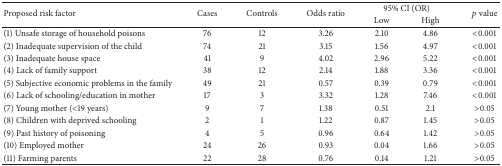
<table><thead><tr><td rowspan="2"><b>Proposed risk factor</b></td><td rowspan="2"><b>Cases</b></td><td rowspan="2"><b>Controls</b></td><td rowspan="2"><b>Odds ratio</b></td><td colspan="2"><b> 95% CI (OR) </b></td><td rowspan="2"><b><i>p</i> value</b></td></tr><tr><td><b>Low</b></td><td><b>High</b></td></tr></thead><tbody><tr><td>(1) Unsafe storage of household poisons</td><td> 76</td><td> 12</td><td>3.26</td><td>2.10</td><td>4.86</td><td> &lt;0.001</td></tr><tr><td>(2) Inadequate supervision of the child</td><td> 74</td><td> 21</td><td>3.15</td><td>1.56</td><td>4.97</td><td> &lt;0.001</td></tr><tr><td>(3) Inadequate house space</td><td> 41</td><td> 9</td><td>4.02</td><td>2.96</td><td>5.22</td><td> &lt;0.001</td></tr><tr><td>(4) Lack of family support</td><td> 38</td><td> 12</td><td>2.14</td><td>1.88</td><td>3.36</td><td> &lt;0.001</td></tr><tr><td>(5) Subjective economic problems in the family</td><td> 49</td><td> 21</td><td>0.57</td><td>0.39</td><td>0.79</td><td> &lt;0.001</td></tr><tr><td>(6) Lack of schooling/education in mother</td><td> 17</td><td> 3</td><td>3.32</td><td>1.28</td><td>7.46</td><td> &lt;0.001</td></tr><tr><td>(7) Young mother (&lt;19 years)</td><td> 9</td><td> 7</td><td>1.38</td><td>0.51</td><td>2.1</td><td> &gt;0.05</td></tr><tr><td>(8) Children with deprived schooling</td><td> 2</td><td> 1</td><td>1.22</td><td>0.87</td><td>1.45</td><td> &gt;0.05</td></tr><tr><td>(9) Past history of poisoning</td><td> 4</td><td> 5</td><td>0.96</td><td>0.64</td><td>1.42</td><td> &gt;0.05</td></tr><tr><td>(10) Employed mother</td><td> 24</td><td> 26</td><td>0.93</td><td>0.04</td><td>1.66</td><td> &gt;0.05</td></tr><tr><td>(11) Farming parents</td><td> 22</td><td> 28</td><td>0.76</td><td>0.14</td><td>1.21</td><td> &gt;0.05</td></tr></tbody></table>